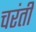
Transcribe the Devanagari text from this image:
चरंती